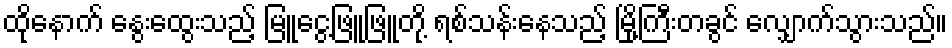
ထိုနောက် နွေးထွေးသည့် မြူငွေ့ဖြူဖြူတို့ ရစ်သန်းနေသည့် မြို့ကြီးတခွင် လျှောက်သွားသည်။